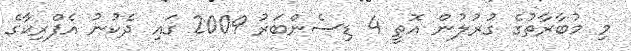
މި މުބާރާތުގެ ގުރުލުން އޮތީ 4 ޑިސެންބަރު 2009 ގައި ދެކުނު އެފްރިކާގެ